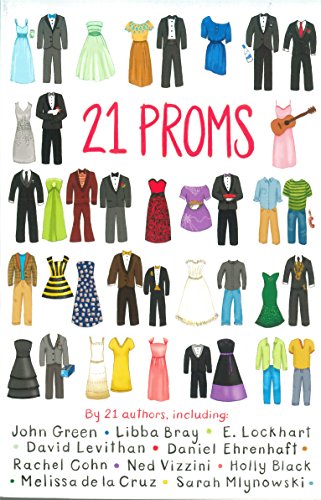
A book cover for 21 Proms; Scholastic; Teen & Young Adult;